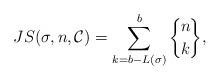
LaTeX: \begin{align*} JS(\sigma, n, \mathcal{C}) = \sum_{k=b-L(\sigma)}^b \bigg\{\!{n\atop k}\!\bigg\}, \end{align*}